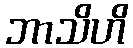
ဘာသိဟိ